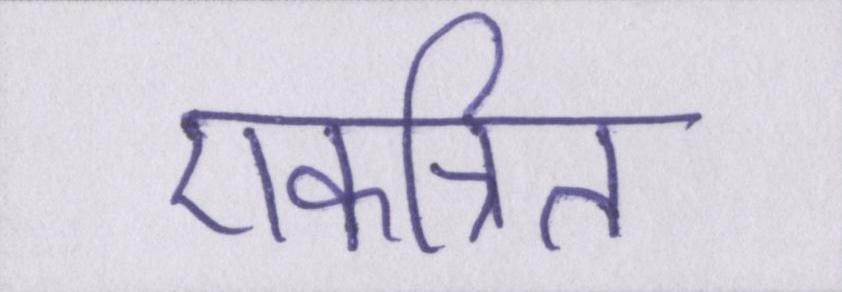
एकत्रित